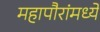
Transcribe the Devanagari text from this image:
महापौरांमध्ये